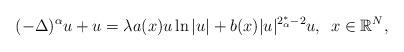
LaTeX: \begin{align*}(-\Delta)^\alpha u+u=\lambda a(x)u\ln|u|+b(x)|u|^{2_\alpha^*-2}u,\ \, x\in\mathbb{R}^N,\end{align*}